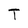
Character: T